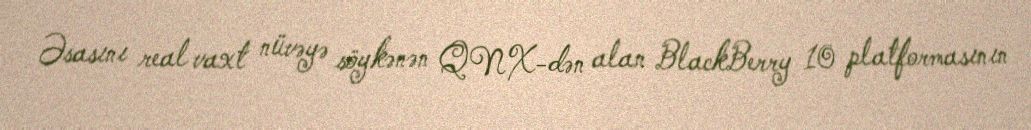
Əsasını real vaxt nüvəyə söykənən QNX-dən alan BlackBerry 10 platformasının